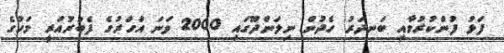
ފަޅު ފުންކުރުމާއި ބަނދަރު ހެދުން ނިލަންދޫގައި 2000 ވަނަ އަހަރުގެ ފެބުރުއަރީ މަހުގެ